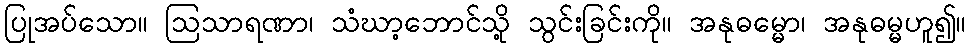
ပြုအပ်သော။ ဩသာရဏာ၊ သံဃာ့ဘောင်သို့ သွင်းခြင်းကို။ အနုဓမ္မော၊ အနုဓမ္မဟူ၍။